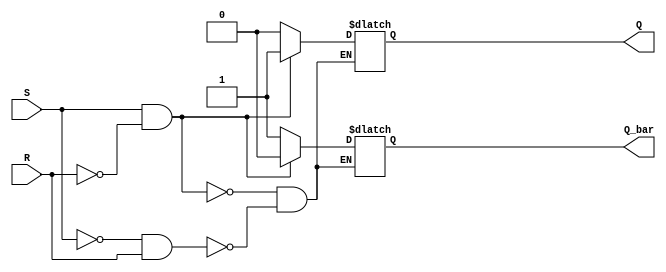
module sr_flip_flop(
    input S,
    input R,
    output reg Q,
    output reg Q_bar
);

always@(S or R)
begin
    if (S == 1 && R == 0)
    begin
        Q <= 1;
        Q_bar <= 0;
    end
    else if (S == 0 && R == 1)
    begin
        Q <= 0;
        Q_bar <= 1;
    end
end

endmodule